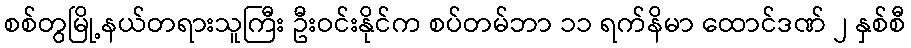
စစ်တွမြို့နယ်တရားသူကြီး ဦးဝင်းနိုင်က စပ်တမ်ဘာ ၁၁ ရက်နိမာ ထောင်ဒဏ် ၂ နှစ်စီ